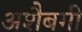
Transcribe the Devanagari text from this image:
अशैबगी